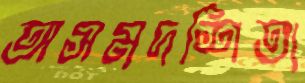
অসমদর্শিতা